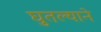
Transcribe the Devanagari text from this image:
घुतल्याने